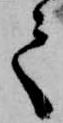
て